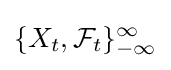
\{X_{t},{\mathcal {F}}_{t}\}_{-\infty }^{\infty }